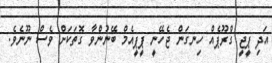
އަދި ޕީޖީ ގްރޫޕެއް ހިނގަން ޖެހޭނީ ޕީޕީއެމް ބޭނުންވާ ގޮތަކަށް ވެސް ނޫނެވެ.